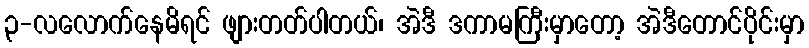
၃-လလောက်နေမိရင် ဖျားတတ်ပါတယ်၊ အဲဒီ ဒကာမကြီးမှာတော့ အဲဒီတောင်ပိုင်းမှာ